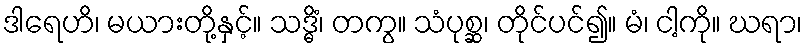
ဒါရေဟိ၊ မယားတို့နှင့်။ သဒ္ဓိံ၊ တကွ။ သံပုစ္ဆ၊ တိုင်ပင်၍။ မံ၊ ငါ့ကို။ ဃရာ၊